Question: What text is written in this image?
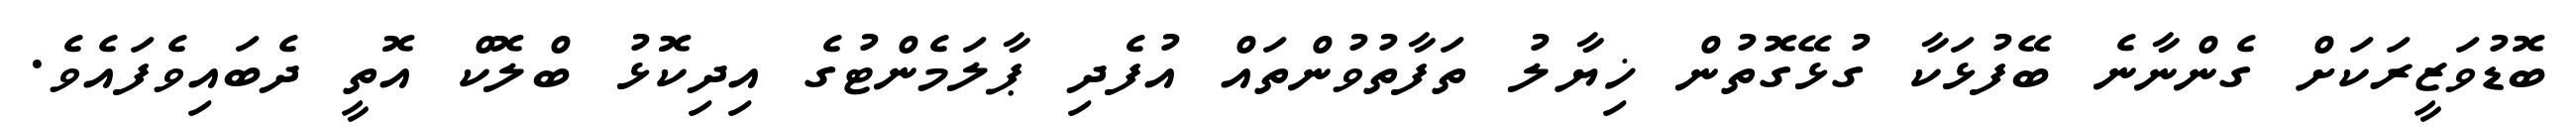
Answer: ބޮޑުވަޒީރަކަށް ގެންނާނެ ބޭފުޅަކާ ގުޅޭގޮތުން ޚިޔާލު ތަފާތުވުންތައް އުފެދި ޕާލަމެންޓުގެ އިދިކޮޅު ބްލޮކް އޮތީ ދެބައިވެފައެވެ.